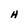
Character: H